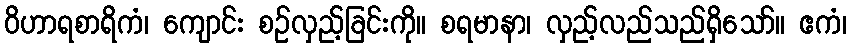
ဝိဟာရစာရိကံ၊ ကျောင်း စဉ်လှည့်ခြင်းကို။ စရမာနာ၊ လှည့်လည်သည်ရှိသော်။ ဧကံ၊